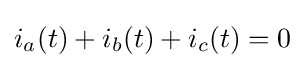
i_{a}(t)+i_{b}(t)+i_{c}(t)=0